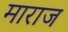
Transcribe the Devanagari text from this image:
माराज